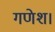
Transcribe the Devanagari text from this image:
गणेश।